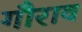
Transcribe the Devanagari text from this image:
गौराव